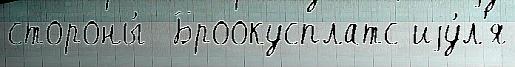
стороны́  Броокусплатс иjу́л'я